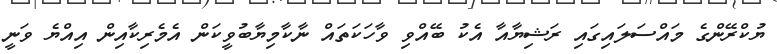
ޔުކްރޭންގެ މައްސަލައިގައި ރަޝިޔާއާ އެކު ބޭއްވި ވާހަކަތައް ނާކާމިޔާބުވީކަން އެމެރިކާއިން އިއްޔެ ވަނީ